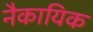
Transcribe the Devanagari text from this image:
नैकायिक